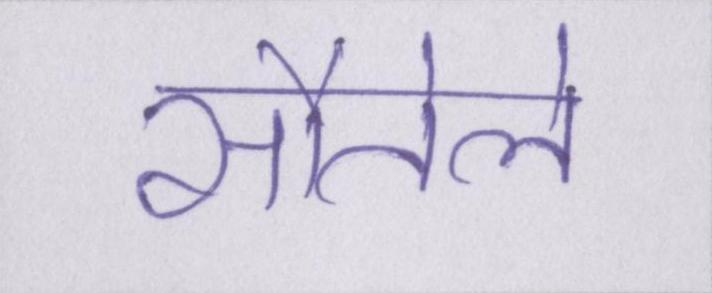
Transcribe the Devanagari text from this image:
सौतेले